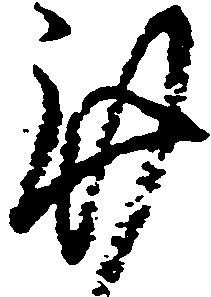
謹